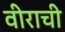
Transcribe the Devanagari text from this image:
वीराची